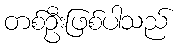
တစ်ဦးဖြစ်ပါသည်